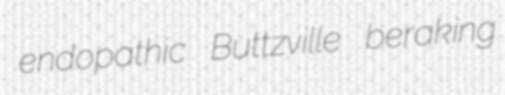
endopathic Buttzville beraking